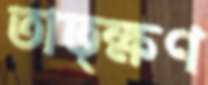
তাত্ক্ষণ